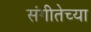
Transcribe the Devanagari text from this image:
संगीतेच्या